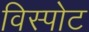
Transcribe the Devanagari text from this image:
विस्पोट